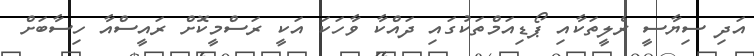
އަދި ސިޔާސީ ރެލީތަކާއި ޕޯޑިއަމްތަކުގައި ދައްކާ ވާހަކަ އަކީ ރަސްމީކޮށް ރައީސްއާ ހިސާބަށް